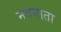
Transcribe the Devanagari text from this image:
नवमाता